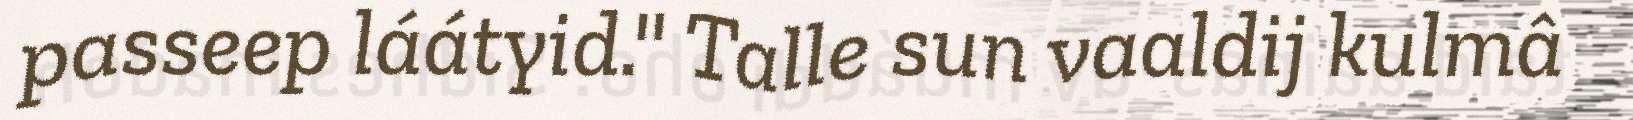
passeep láátyid." Talle sun vaaldij kulmâ